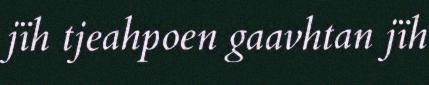
jïh tjeahpoen gaavhtan jïh